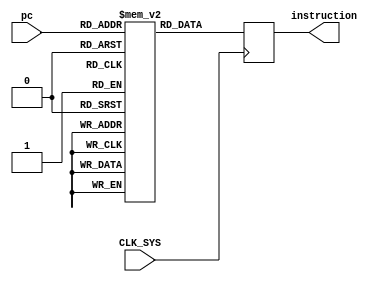
module instructionmemory(
    input CLK_SYS,
    input [9:0] pc,
    output reg [31:0] instruction
);
	reg [31:0] instructionInt [1023:0];

	initial begin	
	//*** CONSIDERANDO O CDIGO 1 DE EXEMPLO - VERIFICAO DO PIPELINE HAZZARD ***
		instructionInt[0] = 32'b000010_00111_00000_0000_0101_0000_0000;	//(Gasta uma instruo)
		instructionInt[1] = 32'b000010_00111_00000_0000_0101_0000_0000;	//(Carrega A em R0)
		instructionInt[2] = 32'b000010_00111_00001_0000_0101_0000_0001;	//(Carrega B em R1) 
		instructionInt[3] = 32'b000010_00111_00010_0000_0101_0000_0010;	//(Carrega C em R2)
		instructionInt[4] = 32'b000010_00111_00011_0000_0101_0000_0011;	//(Carrega D em R3)
		instructionInt[5] = 32'b000001_00000_00001_00100_01010_110010;		//(Multiplica o conteudo de R0 pelo conteudo de R1 e carrega o resultado em R4) 
		instructionInt[6] = 32'b000001_00010_00011_00101_01010_100000;		//(Soma o conteudo de R2 pelo conteudo de R3 e carrega o resultado em R5) 
		instructionInt[7] = 32'b000001_00100_00101_00110_01010_100010;		//(Subtrai o conteudo de R4 pelo conteudo de R5 e carrega o resultado em R6)
		instructionInt[8] = 32'b000011_00111_00110_0000_1000_1111_1111;	//(Armazena o resultado de R6 na posio 1023 da memria)	
	// *** INSERINDO BOLHAS - VERIFICANDO A NAO PRESENA DE PIPELINE HAZZARDS ***
		instructionInt[9]  = 32'b000010_00111_00000_0000_0101_0000_0000;	//(Gasta uma instruo)
		instructionInt[10] = 32'b000010_00111_00000_0000_0101_0000_0000;	//(Carrega A em R0)
		instructionInt[11] = 32'b000010_00111_00001_0000_0101_0000_0001;	//(Carrega B em R1) 
		instructionInt[12] = 32'b000010_00111_00010_0000_0101_0000_0010;	//(Carrega C em R2)
		instructionInt[13] = 32'b000010_00111_00011_0000_0101_0000_0011;	//(Carrega D em R3)
		instructionInt[14] = 32'b000010_00111_00111_0000_0101_0000_0000;	//(Gasta uma instruo) --> Bolha
		instructionInt[15] = 32'b000010_00111_00111_0000_0101_0000_0000;	//(Gasta uma instruo) --> Bolha
		instructionInt[16] = 32'b000010_00111_00111_0000_0101_0000_0000;	//(Gasta uma instruo) --> Bolha
		instructionInt[17] = 32'b000001_00000_00001_00100_01010_110010;	//(Multiplica o conteudo de R0 pelo conteudo de R1 e carrega o resultado em R4) 
		instructionInt[18] = 32'b000010_00111_00111_0000_0101_0000_0000;	//(Gasta uma instruo) --> Bolha
		instructionInt[19] = 32'b000010_00111_00111_0000_0101_0000_0000;	//(Gasta uma instruo) --> Bolha
		instructionInt[20] = 32'b000001_00010_00011_00101_01010_100000;	//(Soma o conteudo de R2 pelo conteudo de R3 e carrega o resultado em R5)
		instructionInt[21] = 32'b000010_00111_00111_0000_0101_0000_0000;	//(Gasta uma instruo) --> Bolha
		instructionInt[22] = 32'b000010_00111_00111_0000_0101_0000_0000;	//(Gasta uma instruo) --> Bolha
		instructionInt[23] = 32'b000001_00100_00101_00110_01010_100010;	//(Subtrai o conteudo de R4 pelo conteudo de R5 e carrega o resultado em R6)
		instructionInt[24] = 32'b000010_00111_00111_0000_0101_0000_0000;	//(Gasta uma instruo) --> Bolha
		instructionInt[25] = 32'b000010_00111_00111_0000_0101_0000_0000;	//(Gasta uma instruo) --> Bolha
		instructionInt[26] = 32'b000011_00111_00110_0000_1000_1111_1111;	//(Armazena o resultado de R6 na posio 1023 da memria)
	end

	always @ (posedge CLK_SYS) begin
		instruction <= instructionInt[pc];
	end

endmodule